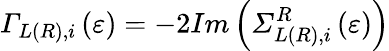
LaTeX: {\mathit{\Gamma}}_{L(R),i}\left(\varepsilon\right)=-2Im\left({\mathit{\Sigma}}_{L(R),i}^{R}\left(\varepsilon\right)\right)